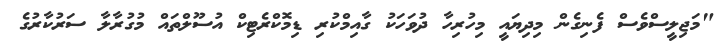
"މަޖިލީސްވެސް ފެނިގެން މިދިޔައީ މިހުރިހާ ދުވަހަކު ގާއިމްކުރި ޑިމޮކްރެޓިކް އުސޫލްތައް މުގުރާލާ ސަރުކާރުގެ